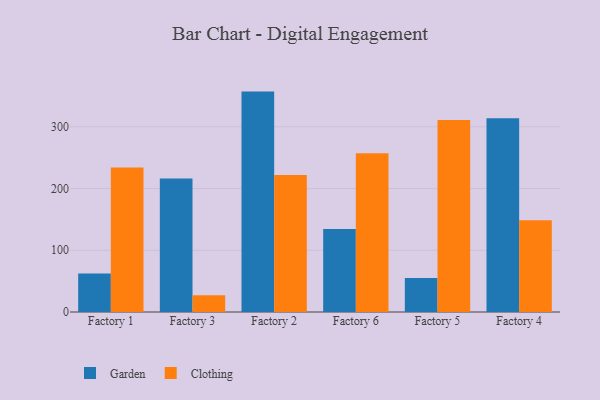
{"axis": {"x": "Factory", "y": "Website Visitors"}, "legend": ["Clothing", "Garden"], "data": [{"x": "Factory 1", "y": 62.4, "type": "Garden"}, {"x": "Factory 1", "y": 234.0, "type": "Clothing"}, {"x": "Factory 3", "y": 216.4, "type": "Garden"}, {"x": "Factory 3", "y": 27.0, "type": "Clothing"}, {"x": "Factory 2", "y": 357.1, "type": "Garden"}, {"x": "Factory 2", "y": 221.9, "type": "Clothing"}, {"x": "Factory 6", "y": 134.4, "type": "Garden"}, {"x": "Factory 6", "y": 257.2, "type": "Clothing"}, {"x": "Factory 5", "y": 55.2, "type": "Garden"}, {"x": "Factory 5", "y": 311.2, "type": "Clothing"}, {"x": "Factory 4", "y": 314.1, "type": "Garden"}, {"x": "Factory 4", "y": 148.7, "type": "Clothing"}]}